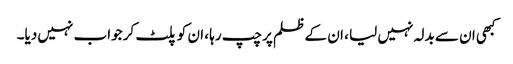
کبھی ان سے بدلہ نہیں لیا ، ان کے ظلم پر چپ رہا ، ان کو پلٹ کر جواب نہیں دیا۔